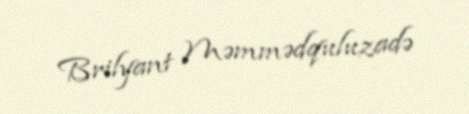
Brilyant Məmmədquluzadə